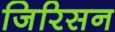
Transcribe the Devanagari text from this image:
जिरिसन